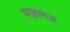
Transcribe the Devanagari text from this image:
मऊगंज